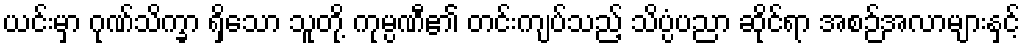
ယင်းမှာ ဂုဏ်သိက္ခာ ရှိသော သူတို့ ကုမ္ပဏီ၏ တင်းကျပ်သည့် သိပ္ပံပညာ ဆိုင်ရာ အစဉ်အလာများနှင့်